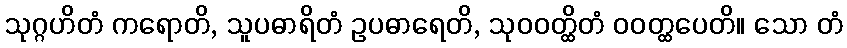
သုဂ္ဂဟိတံ ကရောတိ, သူပဓာရိတံ ဥပဓာရေတိ, သုဝဝတ္ထိတံ ဝဝတ္ထပေတိ။ သော တံ